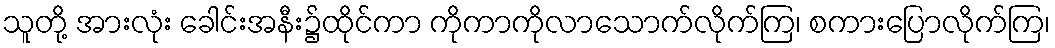
သူတို့ အားလုံး ခေါင်းအနီး၌ထိုင်ကာ ကိုကာကိုလာသောက်လိုက်ကြ၊ စကားပြောလိုက်ကြ၊